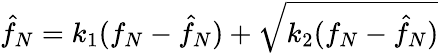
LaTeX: \hat{f}_{N}=k_{1}(f_{N}-\hat{f}_{N})+\sqrt{k_{2}(f_{N}-\hat{f}_{N})}